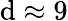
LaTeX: \mathrm{d}\approx9